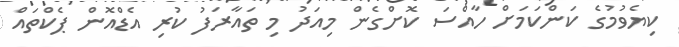
ކިޔެވުމުގެ ކަންކަމަށް ހާއްސަ ކޮށްގެން މިއަދު މި ތައާރަފު ކުރި އެޑްއޮން ޕެކްތައް